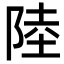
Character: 陸